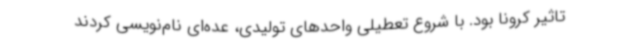
تاثیر کرونا بود. با شروع تعطیلی واحدهای تولیدی، عده‌ای نام‌نویسی کردند